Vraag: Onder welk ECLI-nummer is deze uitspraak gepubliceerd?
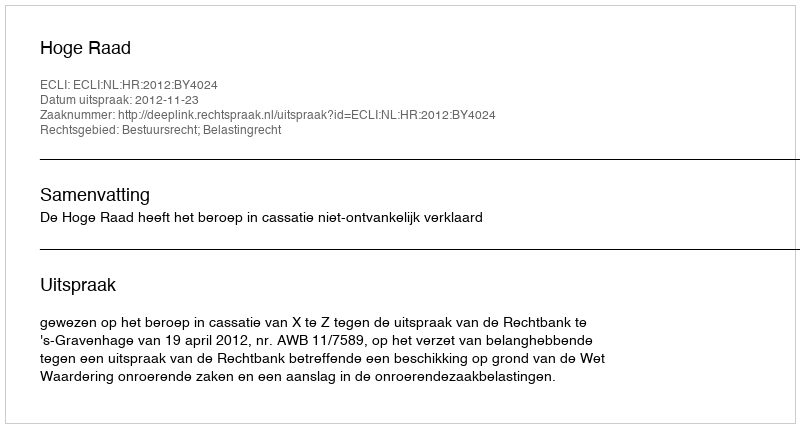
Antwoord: ECLI:NL:HR:2012:BY4024